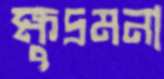
ক্ষুদ্রমনা